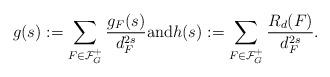
LaTeX: \begin{align*}g(s):=\sum_{F \in \mathcal{F}_G^{+}}\frac{g_F(s)}{d_F^{2s}} \textrm{and} h(s):=\sum_{F \in \mathcal{F}_G^{+}}\frac{R_d(F)}{d_F^{2s}}.\end{align*}